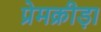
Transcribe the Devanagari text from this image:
प्रेमक्रीड़ा